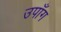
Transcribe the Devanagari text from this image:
उपाँग